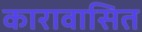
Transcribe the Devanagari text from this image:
कारावासित